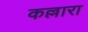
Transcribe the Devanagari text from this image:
कल्लारा